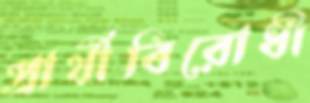
প্রার্থীবিরোধী